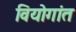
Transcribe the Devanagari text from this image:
वियोगांत